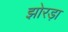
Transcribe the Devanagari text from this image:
झोरड़ा